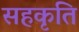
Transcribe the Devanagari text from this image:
सहकृति